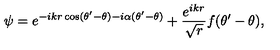
\psi = e ^ { - i k r \cos ( \theta ^ { \prime } - \theta ) - i \alpha ( \theta ^ { \prime } - \theta ) } + \displaystyle \frac { e ^ { i k r } } { \sqrt { r } } f ( \theta ^ { \prime } - \theta ) ,